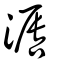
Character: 滣